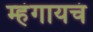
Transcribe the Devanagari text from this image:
म्हंगायचं